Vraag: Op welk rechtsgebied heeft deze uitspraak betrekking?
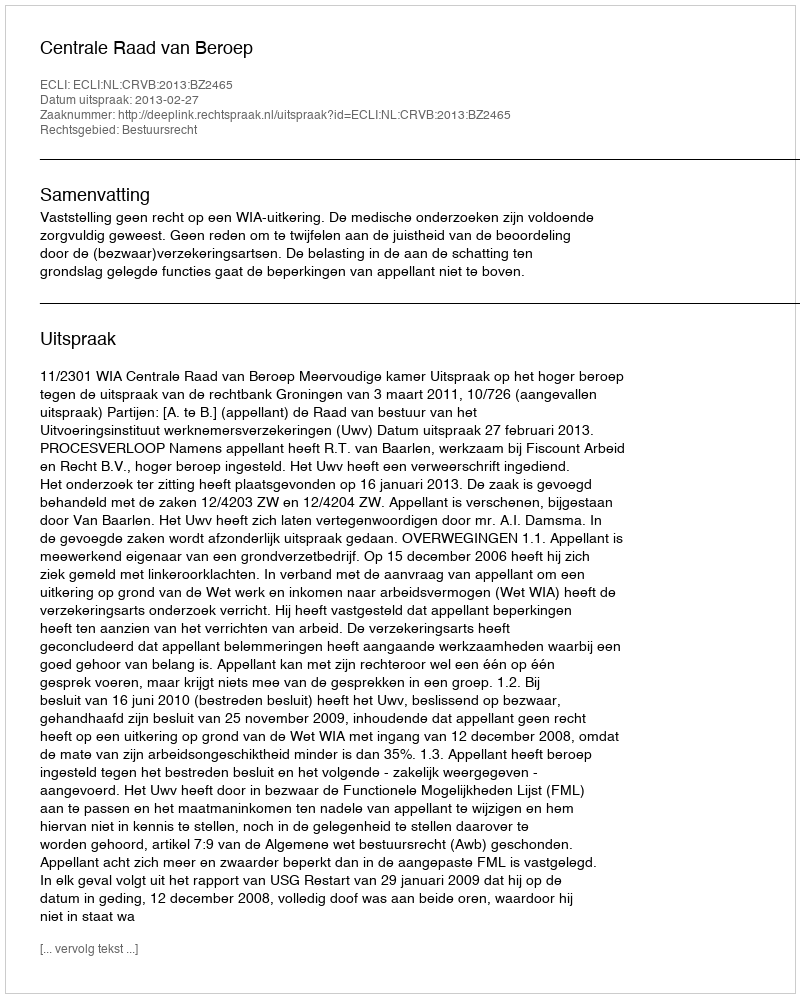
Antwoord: Bestuursrecht